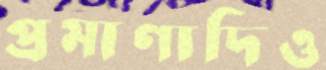
প্রমাণাদিও